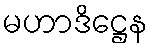
မဟာဒိဋ္ဌေန